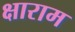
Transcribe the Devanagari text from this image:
क्षाराम